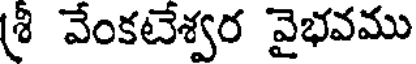
శ్రీ వేంకటేశ్వర వైభవము